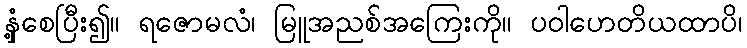
နှံ့စေပြီး၍။ ရဇောမလံ၊ မြူအညစ်အကြေးကို။ ပဝါဟေတိယထာပိ၊